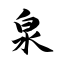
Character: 泉